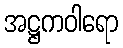
အဋ္ဌကဝါရော